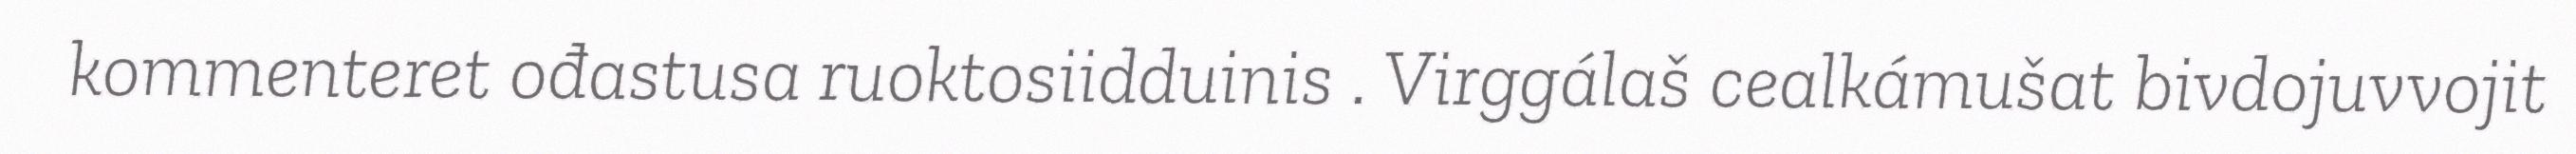
kommenteret ođastusa ruoktosiidduinis . Virggálaš cealkámušat bivdojuvvojit